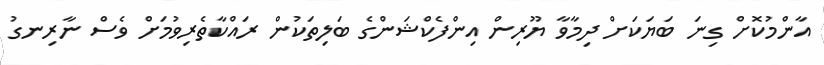
އާންމުކޮށް ގިނަ ބަޔަކަށް ދިމާވާ ޔޫރިން އިންފެކްޝަންގެ ބަލިތަކުން ރައްކާތެރިވުމަށް ވެސް ނާރިނގު